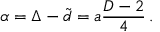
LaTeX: \alpha = \Delta - \tilde { d } = a { \frac { D - 2 } { 4 } } \, .